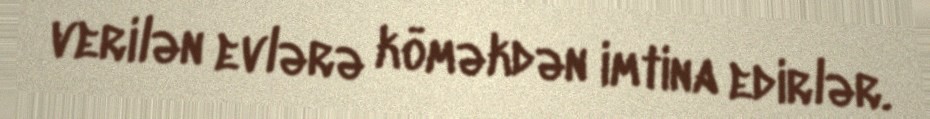
verilən evlərə köməkdən imtina edirlər.